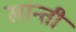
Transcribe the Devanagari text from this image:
खान्ती